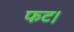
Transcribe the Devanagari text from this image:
फट।